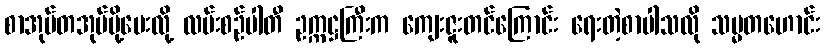
စာအုပ်တအုပ်ပို့ပေးလို့ လမ်းစဉ်ပါတီ ဥက္ကဋ္ဌကြီးက ကျေးဇူးတင်ကြောင်း ရေးတဲ့စာပါသလို သမ္မတဟောင်း